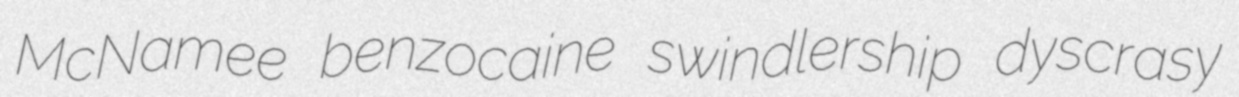
McNamee benzocaine swindlership dyscrasy